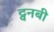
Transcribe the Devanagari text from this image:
ट्वनबी